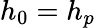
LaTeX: h_{0}=h_{p}